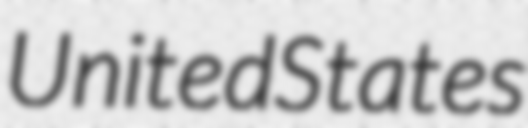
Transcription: United States